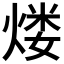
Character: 𤋏